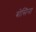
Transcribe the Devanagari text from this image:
बोसिना